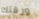
ورقتك